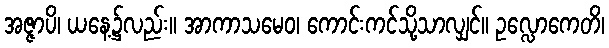
အဇ္ဇာပိ၊ ယနေ့၌လည်း။ အာကာသမေဝ၊ ကောင်းကင်သို့သာလျှင်။ ဥလ္လောကေတိ၊